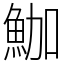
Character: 𩶛